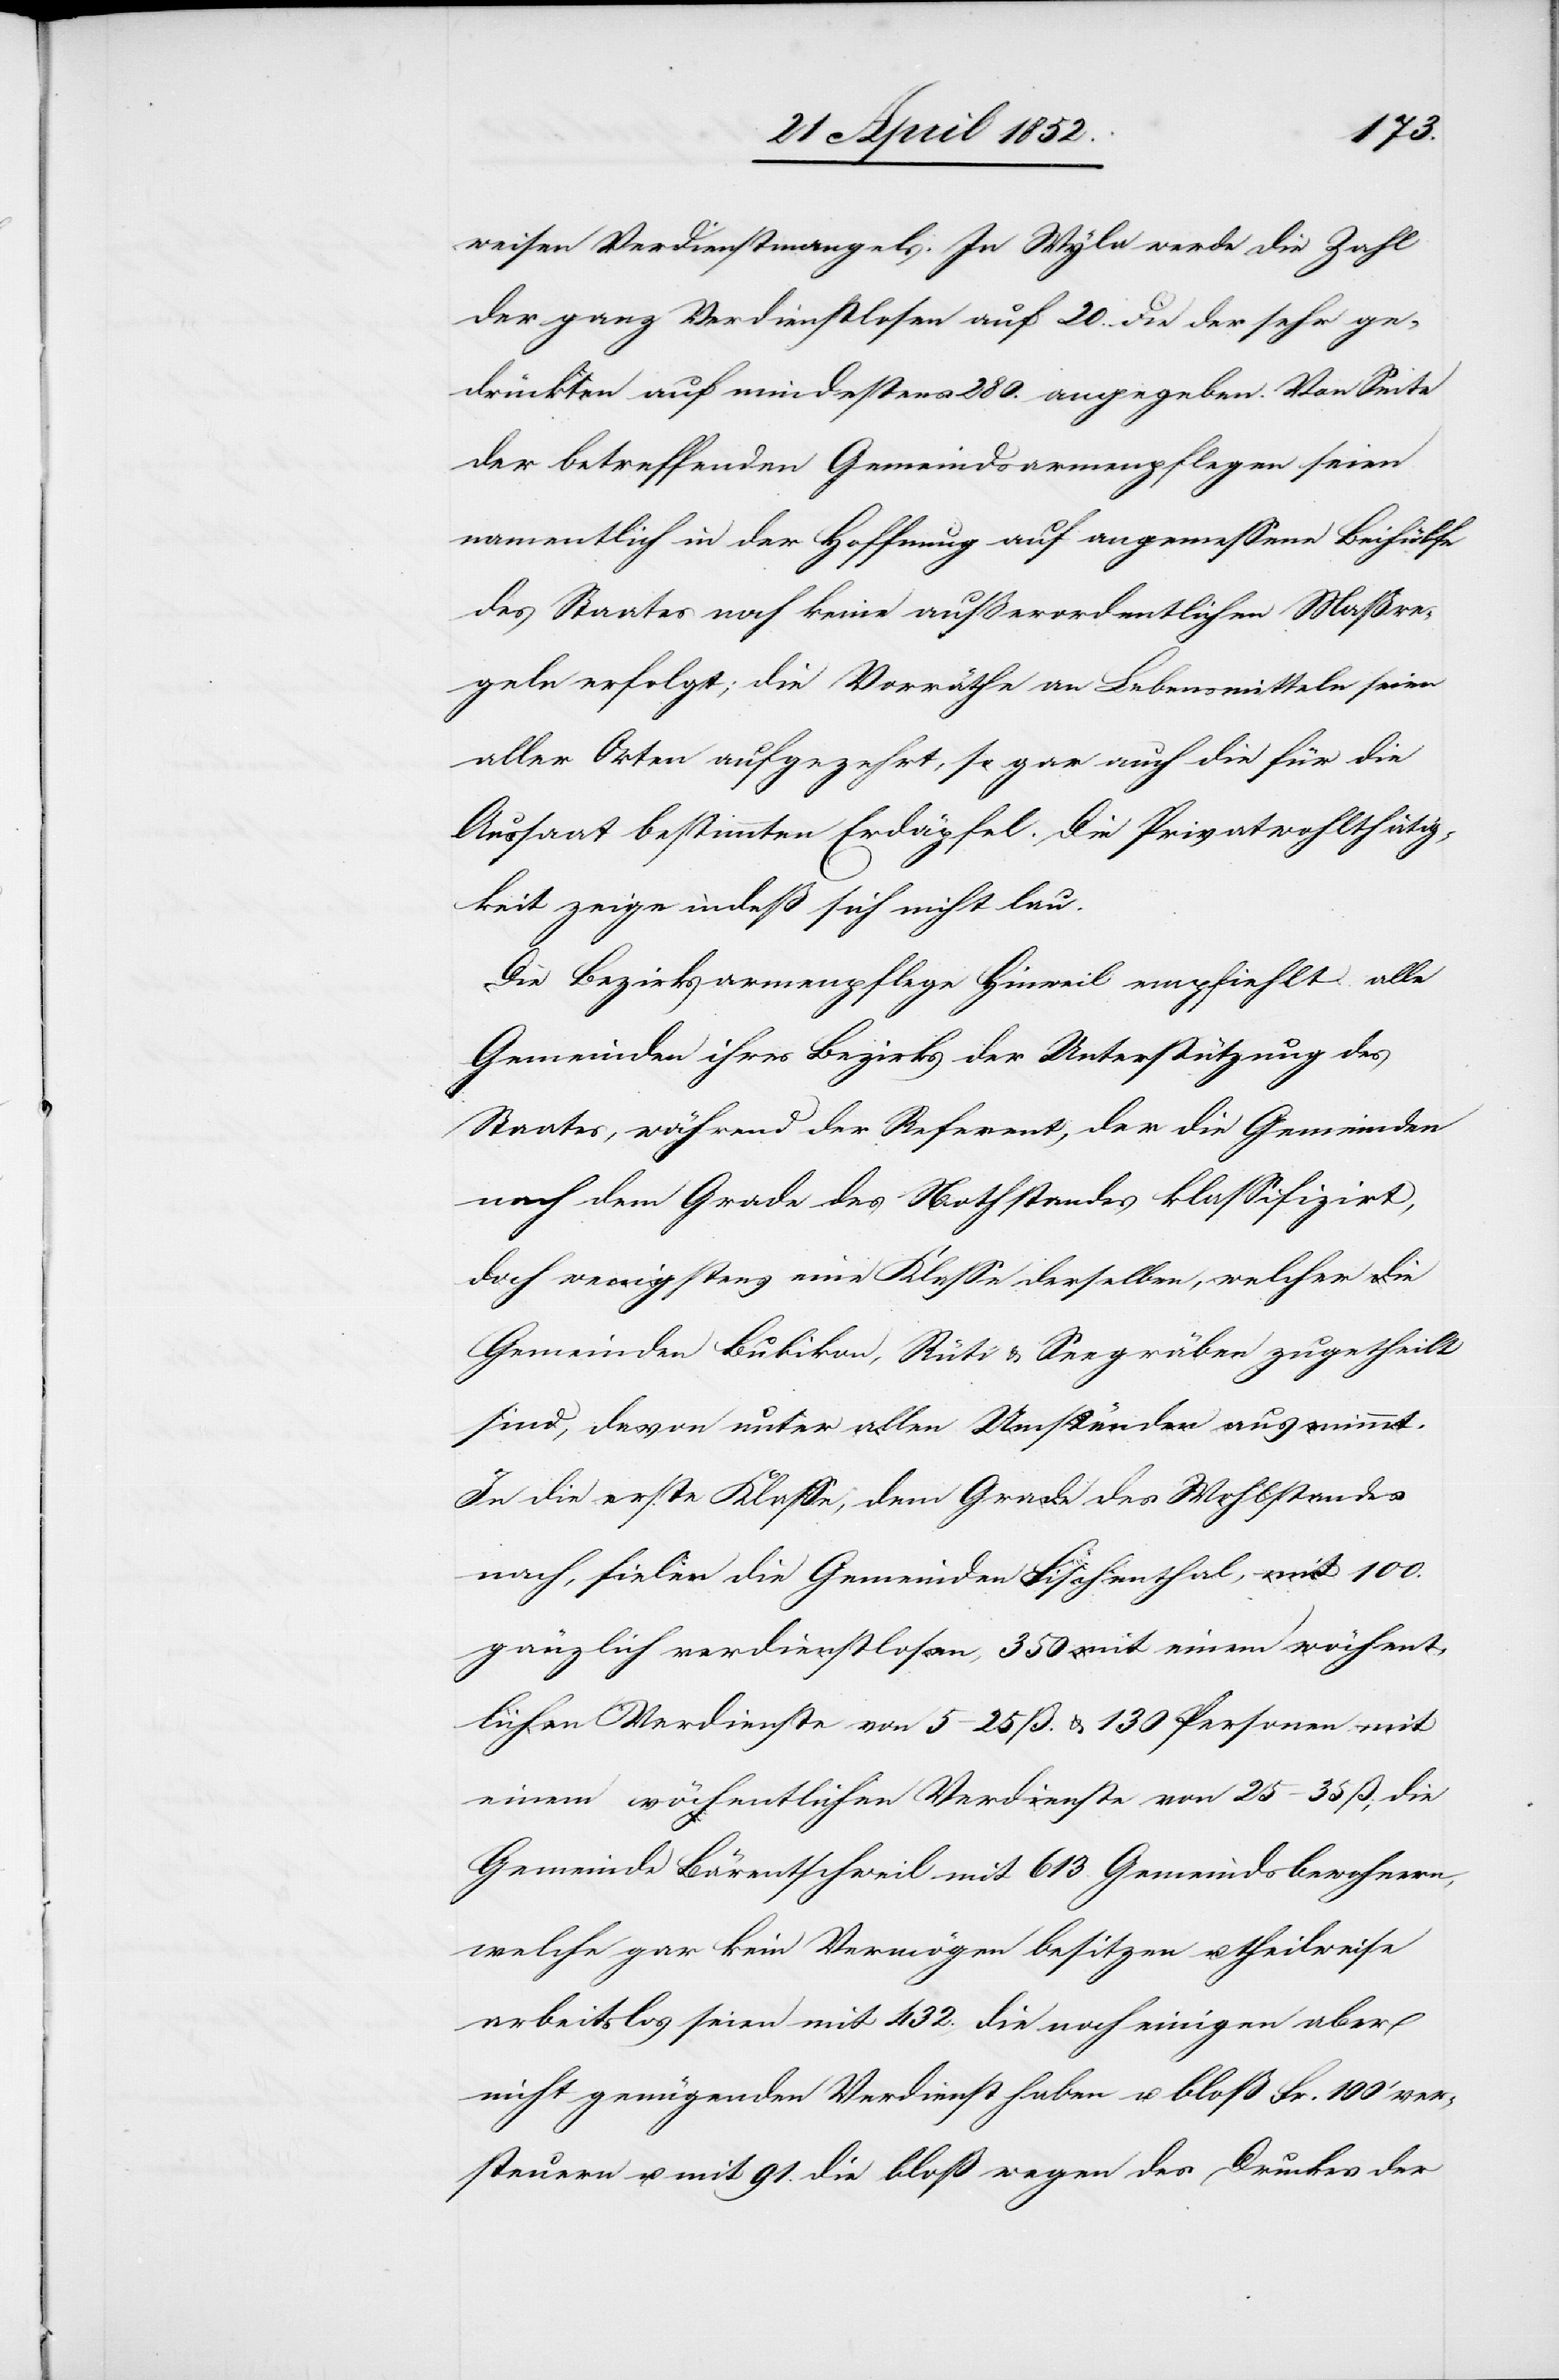
weisen Verdienstmangels. In Wyla werde die Zahl
der ganz Verdienstlosen auf 20. die der sehr ge¬
drückten auf mindestens 280. angegeben. Von Seite
der betreffenden Gemeindsarmenpflegen seien
namentlich in der Hoffnung auf angemessene Beihülfe
des Staates noch keine außerordentlichen Maßre¬
geln erfolgt; die Vorräthe an Lebensmitteln seien
aller Orten aufgezehrt, so gar auch die für die
Aussaat bestimmten Erdäpfel. Die Privatwohlthätig¬
keit zeige indeß sich nicht lau.
Die Bezirksarmenpflege Hinweil empfiehlt alle
Gemeinden ihres Bezirks der Unterstützung des
Staates, während der Referent, der die Gemeinden
nach dem Grade des Nothstandes klassifizirt,
doch wenigstens eine Klasse derselben, welcher die
Gemeinden Bubikon, Rüti & Seegräben zugetheilt
sind, davon unter allen Umständen ausnimmt.
In die erste Klasse, dem Grade des Wohlstandes
nach, fielen die Gemeinden Fischenthal, mit 100.
gänzlich verdienstlosen, 350 mit einem wöchent¬
lichen Verdienste von 5–25 ß. & 130 Personen mit
einem wöchentlichen Verdienste von 25–35 ß; die
Gemeinde Bärentschweil mit 613. Gemeindsbewohnern,
welche gar kein Vermögen besitzen u. theilweise
arbeitslos seien mit 4632. die noch einigen aber
nicht genügenden Verdienst haben u. bloß Fr. 100‘ ver¬
steuern u. mit 91. die bloß wegen des Druckes der